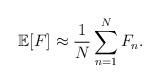
LaTeX: \begin{align*}\mathbb{E}[F] \approx \frac{1}{N} \sum_{n=1}^{N} F_n.\end{align*}